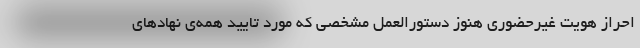
احراز هویت غیرحضوری هنوز دستورالعمل مشخصی که مورد تایید همه‌ی نهادهای